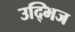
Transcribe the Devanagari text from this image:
उद्भिज